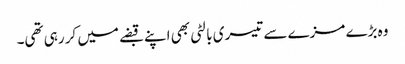
وہ بڑے مزے سے تیسری بالٹی بھی اپنے قبضے میں کر رہی تھی۔